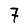
Digit: 7